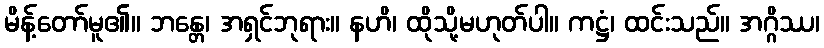
မိန့်တော်မူ၏။ ဘန္တေ၊ အရှင်ဘုရား။ နဟိ၊ ထိုသို့မဟုတ်ပါ။ ကဋ္ဌံ၊ ထင်းသည်။ အဂ္ဂိဿ၊